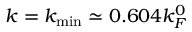
k = k _ { \mathrm { m i n } } \simeq 0 . 6 0 4 k _ { F } ^ { 0 }